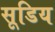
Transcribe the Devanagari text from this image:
सूडिय